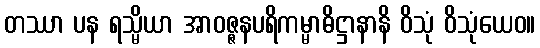
တဿာ ပန ရသ္မိယာ အာဝဇ္ဇနပရိကမ္မာဓိဋ္ဌာနာနိ ဝိသုံ ဝိသုံယေဝ။